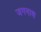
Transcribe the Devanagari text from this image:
जगनाथ